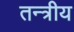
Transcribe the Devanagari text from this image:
तन्त्रीय